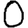
Digit: 0